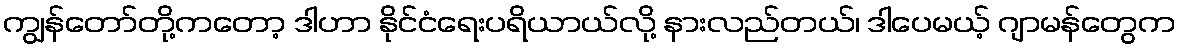
ကျွန်တော်တို့ကတော့ ဒါဟာ နိုင်ငံရေးပရိယာယ်လို့ နားလည်တယ်၊ ဒါပေမယ့် ဂျာမန်တွေက